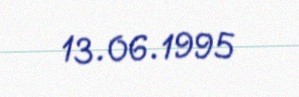
13.06.1995